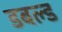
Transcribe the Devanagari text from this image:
डबल्ड